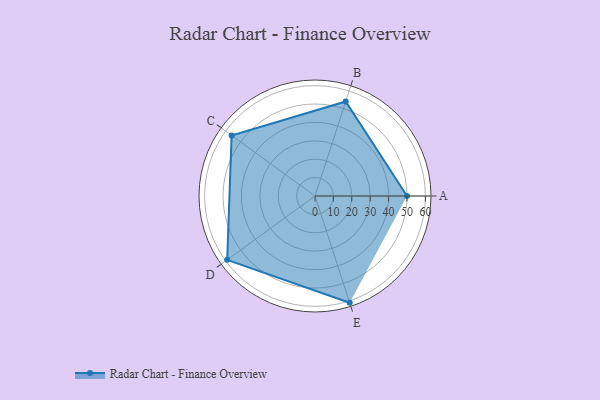
{"axis": {"x": "Skill", "y": "Score"}, "legend": ["Profile"], "data": [{"x": "A", "y": 50.0, "type": "Profile"}, {"x": "B", "y": 54.0, "type": "Profile"}, {"x": "C", "y": 56.0, "type": "Profile"}, {"x": "D", "y": 59.0, "type": "Profile"}, {"x": "E", "y": 61.0, "type": "Profile"}]}